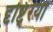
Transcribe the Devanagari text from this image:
दृष्टि्रयों